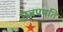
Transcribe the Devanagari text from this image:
छत्रपपति